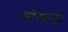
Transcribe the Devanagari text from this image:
कोरकरंध्र